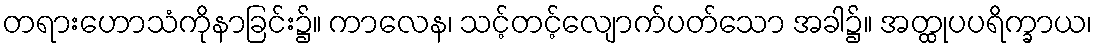
တရားဟောသံကိုနာခြင်း၌။ ကာလေန၊ သင့်တင့်လျောက်ပတ်သော အခါ၌။ အတ္ထုပပရိက္ခာယ၊